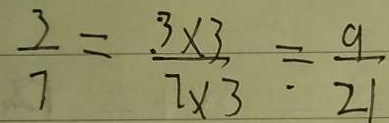
\frac { 3 } { 7 } = \frac { 3 \times 3 } { 7 \times 3 } = \frac { 9 } { 2 1 }